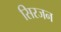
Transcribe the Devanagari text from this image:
सिरजन